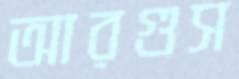
আরগুস